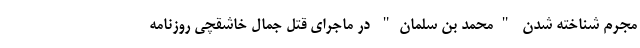
مجرم شناخته شدن "محمد بن سلمان" در ماجرای قتل جمال خاشقچی روزنامه